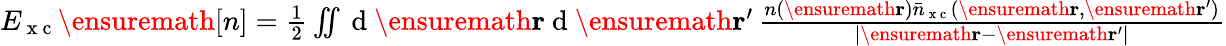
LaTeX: \begin{array}{r}{E_{\mathrm{~x~c~}}\ensuremath{[n]}=\frac{1}{2}\iint\mathrm{~d~}\ensuremath{\mathbf{r}}\mathrm{~d~}\ensuremath{\mathbf{r}}^{\prime}\, \frac{n(\ensuremath{\mathbf{r}})\bar{n}_{\mathrm{~x~c~}}(\ensuremath{\mathbf{r}},\ensuremath{\mathbf{r}}^{\prime})}{|\ensuremath{\mathbf{r}}-\ensuremath{\mathbf{r}}^{\prime}|}}\end{array}